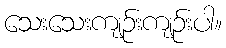
သေးသေးကျဉ်းကျဉ်းပါ။